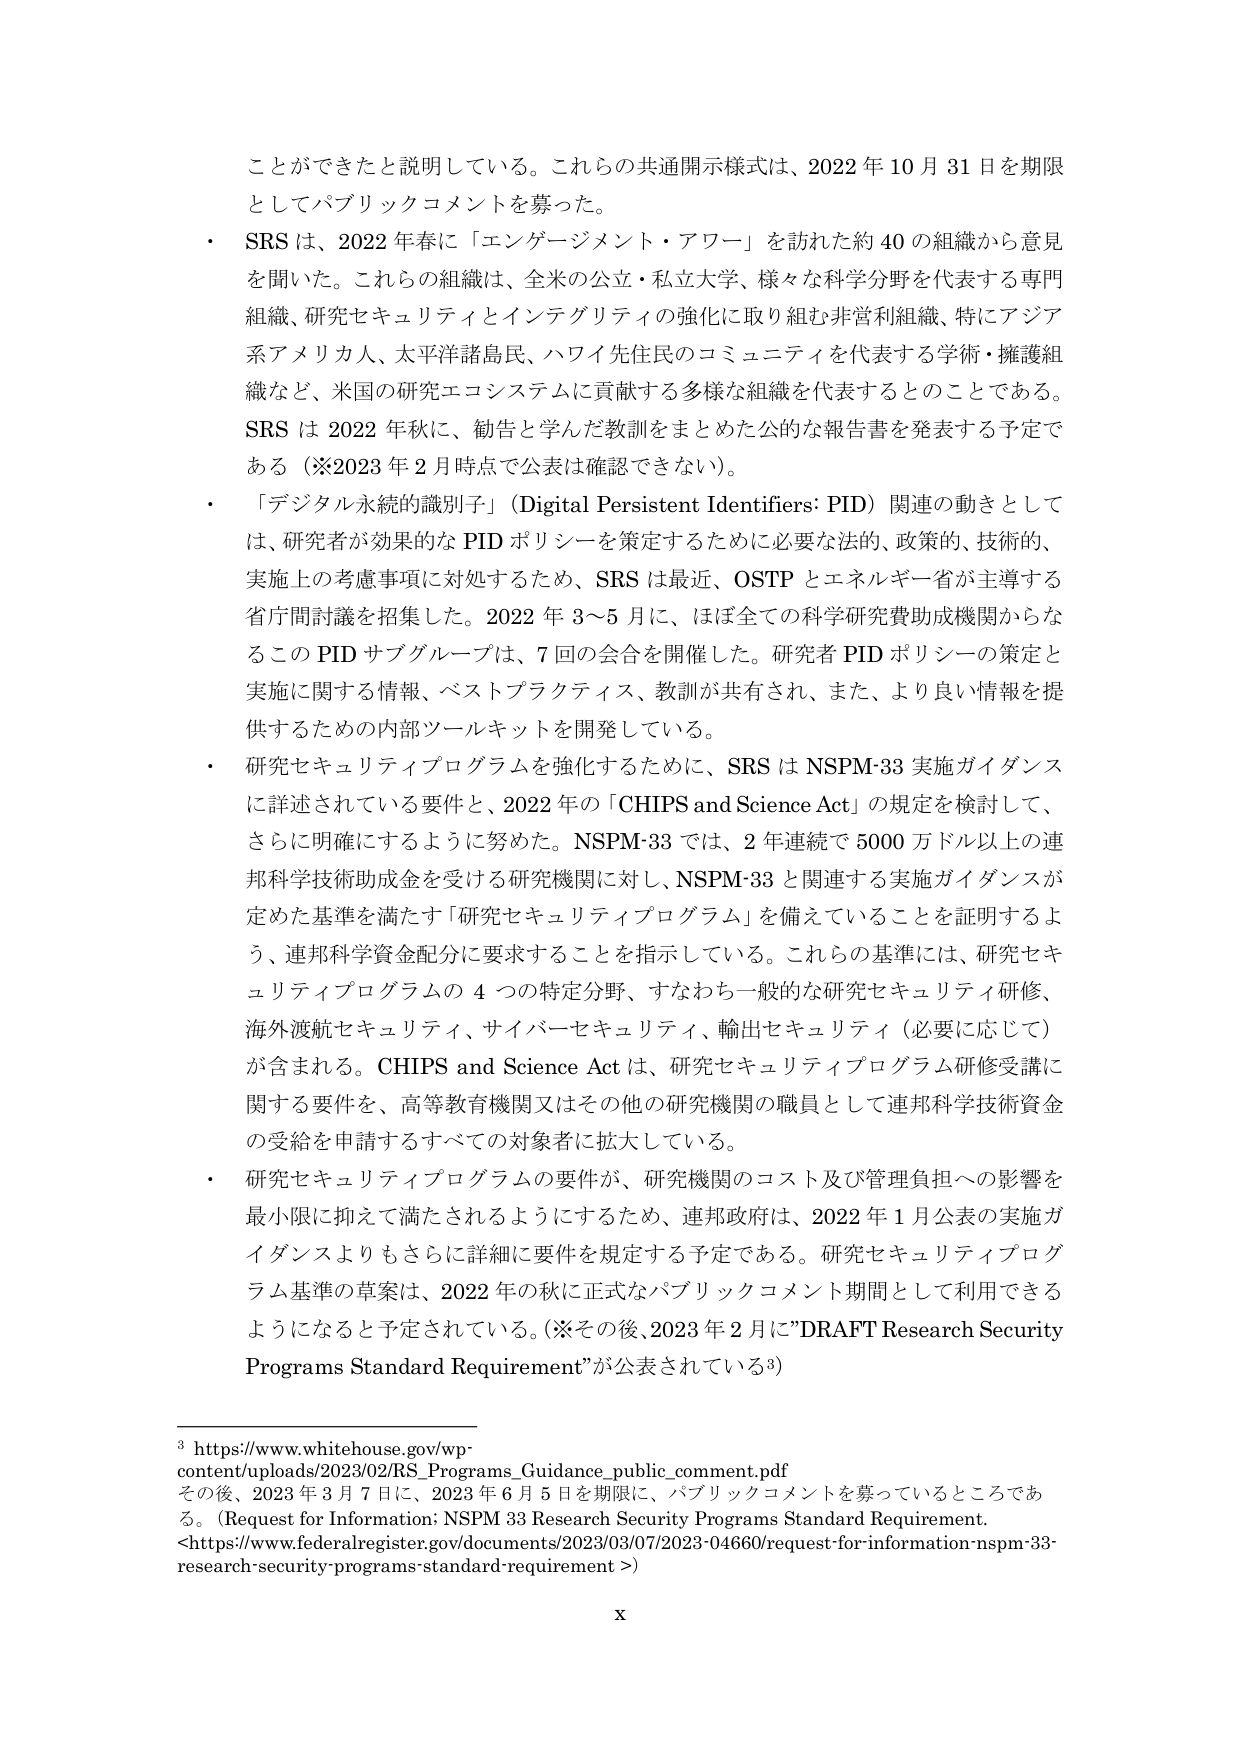
ことができたと説明している。これらの共通開示様式は、2022年10月31日を期限としてパブリックコメントを募った。

・ SRSは、2022年春に「エンゲージメント・アワー」を訪れた約40の組織から意見を聞いた。これらの組織は、全米の公立・私立大学、様々な科学分野を代表する専門組織、研究セキュリティとインテグリティの強化に取り組む非営利組織、特にアジア系アメリカ人、太平洋諸島民、ハワイ先住民のコミュニティを代表する学術・擁護組織など、米国の研究エコシステムに貢献する多様な組織を代表することである。SRSは2022年秋に、勧告と学んだ教訓をまとめた公的な報告書を発表する予定である（※2023年2月時点で公表は確認できない）。

・ 「デジタル永続的識別子」（Digital Persistent Identifiers: PID）関連の動きとしては、研究者が効果的なPIDポリシーを策定するために必要な法的、政策的、技術的、実施上の考慮事項に対処するため、SRSは最近、OSTPとエネルギー省が主導する省庁間討議を招集した。2022年3～5月に、ほぼ全ての科学研究費助成機関からなるこのPIDサブグループは、7回の会合を開催した。研究者PIDポリシーの策定と実施に関する情報、ベストプラクティス、教訓が共有され、また、より良い情報を提供するための内部ツールキットを開発している。

・ 研究セキュリティプログラムを強化するために、SRSはNSPM-33実施ガイダンスに詳述されている要件と、2022年の「CHIPS and Science Act」の規定を検討して、さらに明確にするように努めた。NSPM-33では、2年連続で5000万ドル以上の連邦科学技術助成金を受ける研究機関に対し、NSPM-33と関連する実施ガイダンスが定めた基準を満たす「研究セキュリティプログラム」を備えていることを証明するよう、連邦科学資金配分に要求することを指示している。これらの基準には、研究セキュリティプログラムの4つの特定分野、すなわち一般的な研究セキュリティ研修、海外渡航セキュリティ、サイバーセキュリティ、輸出セキュリティ（必要に応じて）が含まれる。CHIPS and Science Actは、研究セキュリティプログラム研修受講に関する要件を、高等教育機関又はその他の研究機関の職員として連邦科学技術資金の受給を申請するすべての対象者に拡大している。

・ 研究セキュリティプログラムの要件が、研究機関のコスト及び管理負担への影響を最小限に抑えて満たされるようにするため、連邦政府は、2022年1月公表の実施ガイダンスよりもさらに詳細に要件を規定する予定である。研究セキュリティプログラム基準の草案は、2022年の秋に正式なパブリックコメント期間として利用できるようになると予定されている。（※その後、2023年2月に”DRAFT Research Security Programs Standard Requirement”が公表されている³）

³ https://www.whitehouse.gov/wp-content/uploads/2023/02/RS_Programs_Guidance_public_comment.pdf
その後、2023年3月7日に、2023年6月5日を期限に、パブリックコメントを募っているところである。（Request for Information: NSPM 33 Research Security Programs Standard Requirement. <https://www.federalregister.gov/documents/2023/03/07/2023-04660/request-for-information-nspm-33-research-security-programs-standard-requirement >）

x